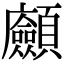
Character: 𩖆